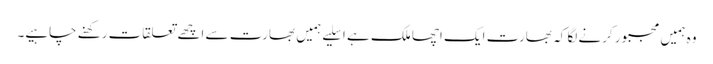
وہ ہمیں مجبور کرنے لگا کہ بھارت ایک اچھا ملک ہے ا سلیے ہمیں بھارت سے اچھے تعلقات رکھنے چاہیے۔